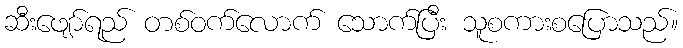
ဆီးဖျော်ရည် တစ်ဝက်လောက် သောက်ပြီး သူစကားစပြောသည်။